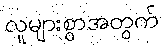
လူများစွာအတွက်